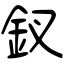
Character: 釵